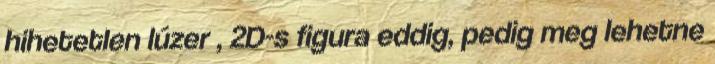
hihetetlen lúzer , 2D-s figura eddig, pedig meg lehetne